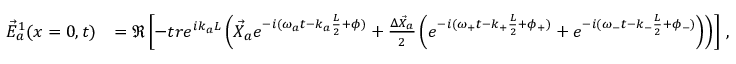
\begin{array} { r l } { \vec { E } _ { a } ^ { 1 } ( x = 0 , t ) } & { = \Re \left[ - t r e ^ { i k _ { a } L } \left( \vec { X } _ { a } e ^ { - i ( \omega _ { a } t - k _ { a } \frac { L } { 2 } + \phi ) } + \frac { \Delta \vec { X } _ { a } } { 2 } \left( e ^ { - i ( \omega _ { + } t - k _ { + } \frac { L } { 2 } + \phi _ { + } ) } + e ^ { - i ( \omega _ { - } t - k _ { - } \frac { L } { 2 } + \phi _ { - } ) } \right) \right) \right] \, , } \end{array}